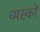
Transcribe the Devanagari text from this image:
व्‍यस्‍कों